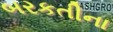
બરકતીના